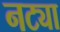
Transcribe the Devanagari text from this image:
नट्या